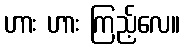
ဟား ဟား ကြည့်လေ။